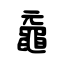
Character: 黿